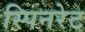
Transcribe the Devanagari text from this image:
स्पिनरेट